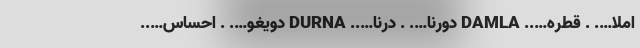
املا…. . قطره….. DAMLA دورنا…. . درنا….. DURNA دویغو…. . احساس…..